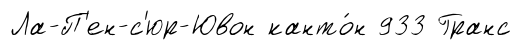
Ла-П'ен-с'юр-Ювон канто́н 933 Гранс